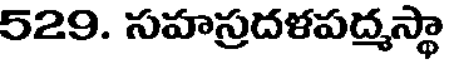
529. సహస్రదళపద్మస్థా